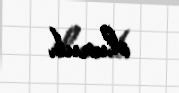
olunub.